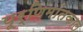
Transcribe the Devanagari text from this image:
पूर्णिमांतकाल